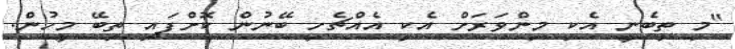
"މި ތިބެނީ އެކި މިންވަރަށް އެކި އެއްޗެހި ބޭނުން ކޮށްފައި ތިބޭ މީހުން.